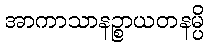
အာကာသာနဉ္စာယတနမ္ပိ